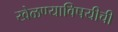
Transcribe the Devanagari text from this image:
खेळण्याविषयीची